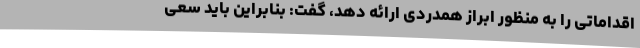
اقداماتی را به منظور ابراز همدردی ارائه دهد، گفت: بنابراین باید سعی